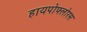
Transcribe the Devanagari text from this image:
हायपोफ्लोरस